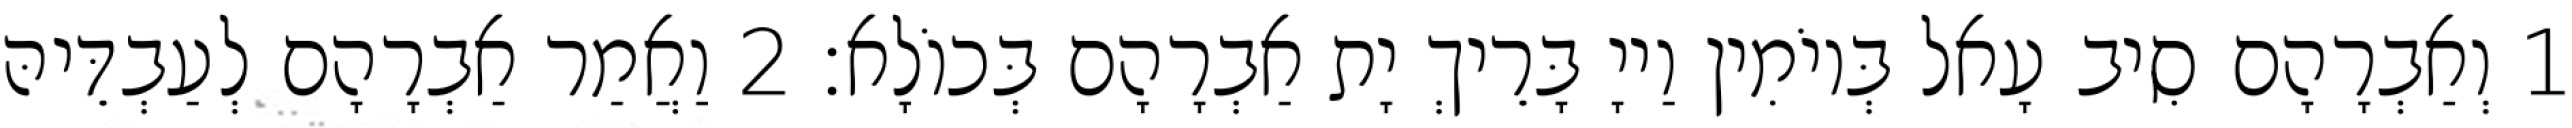
1 וְאַבְרָהָם סִיב עָאל בְּיוֹמִין וַייָ בָּרֵיךְ יָת אַבְרָהָם בְּכוֹלָא׃ 2 וַאֲמַר אַבְרָהָם לְעַבְדֵּיהּ